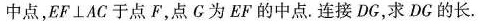
中点，EF\perpAC于点F，点C为EF的中点。连接DG，求DG的长。